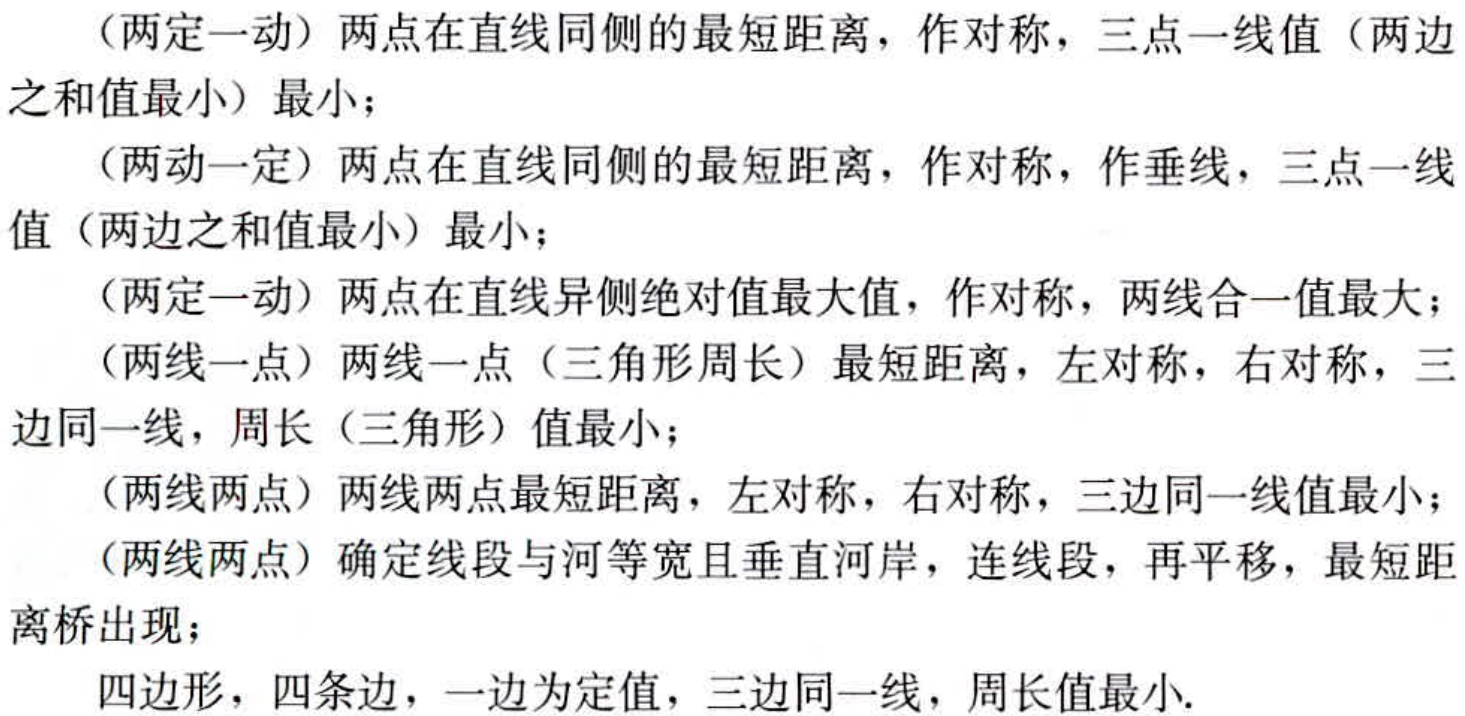
（两定一动）两点在直线同侧的最短距离，作对称，三点一线值（两边之和值最小）最小；

（两动一定）两点在直线同侧的最短距离，作对称，作垂线，三点一线值（两边之和值最小）最小；

（两定一动）两点在直线异侧绝对值最大值，作对称，两线合一值最大；

（两线一点）两线一点（三角形周长）最短距离，左对称，右对称，三边同一线，周长（三角形）值最小；

（两线两点）两线两点最短距离，左对称，右对称，三边同一线值最小；

（两线两点）确定线段与河等宽且垂直河岸，连线段，再平移，最短距离桥出现；

四边形，四条边，一边为定值，三边同一线，周长值最小.